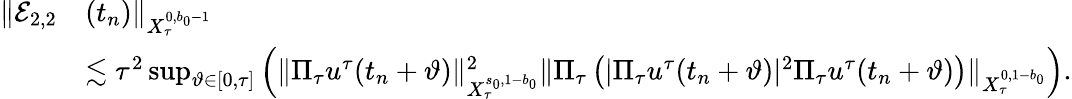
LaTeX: \begin{array}{rl}{\Vert\mathcal{E}_{2,2}}&{(t_{n})\Vert_{X_{\tau}^{0,b_{0}-1}}}\\ &{\lesssim\tau^{2}\operatorname*{sup}_{\vartheta\in[0,\tau]}\Big(\Vert\Pi_{\tau}u^{\tau}(t_{n}+\vartheta)\Vert_{X_{\tau}^{s_{0},1-b_{0}}}^{2}\Vert\Pi_{\tau}\left(|\Pi_{\tau}u^{\tau}(t_{n}+\vartheta)|^{2}\Pi_{\tau}u^{\tau}(t_{n}+\vartheta)\right)\Vert_{X_{\tau}^{0,1-b_{0}}}\Big).}\end{array}